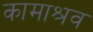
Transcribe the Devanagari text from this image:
कामाश्रव